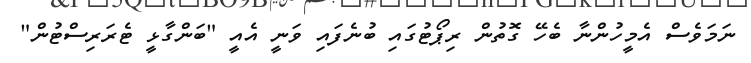
ނަމަވެސް އެމީހުންނާ ބެހޭ ގޮތުން ރިޕޯޓުގައި ބުނެފައި ވަނީ އެއީ "ބަންގާޅީ ޓެރަރިސްޓުން"